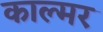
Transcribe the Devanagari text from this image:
काल्मर